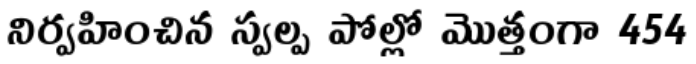
నిర్వహించిన స్వల్ప పోల్లో మొత్తంగా 454